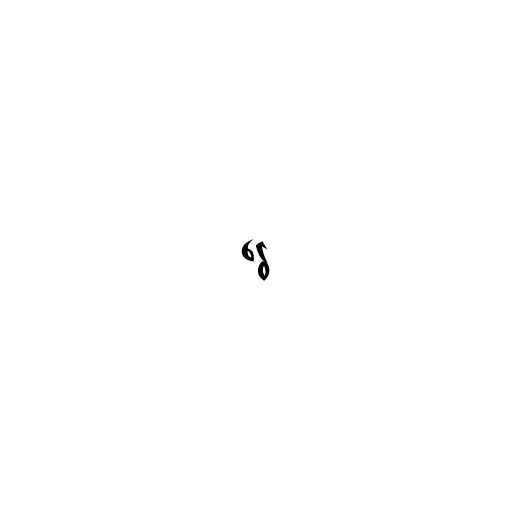
ငွေ